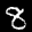
Label: 8